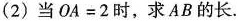
(2)当$$OA=2$$时，求AB的长.